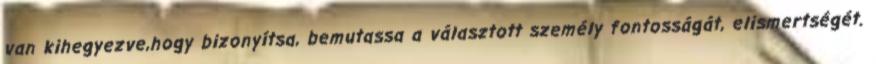
van kihegyezve,hogy bizonyítsa, bemutassa a választott személy fontosságát, elismertségét.